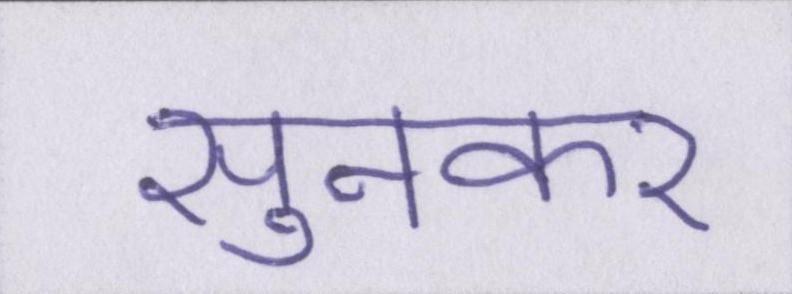
सुनकर